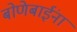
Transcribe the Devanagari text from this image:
बोणेबाईंना